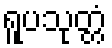
ရူပသုတ္တံ